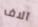
آلاف